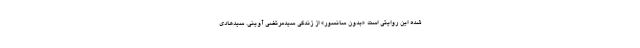
شده این روایتی است «بدون سانسور» از زندگی سیدمرتضی آوینی. سیدهادی